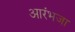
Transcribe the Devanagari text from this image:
आरंभजा